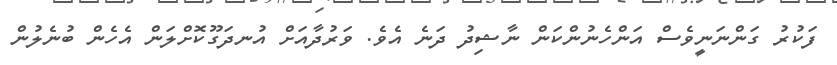
ފަކުރު ގަންނަނީވެސް އަންހެނުންކަން ނާޝިދު ދަނެ އެވެ. ވަރުދާއަށް އުނދަގޫކޮށްލަން އެހެން ބުނެލުން